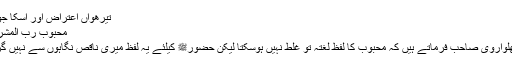
تیرھواں اعتراض اور اسکا جواب
مَحْبُوْبِ رَبِّ الْمَشْرِقَیْنِ
٭ پھلواروی صاحب فرماتے ہیں کہ محبوب کا لفظ لغتہً تو غلط نہیں ہوسکتا لیکن حضورﷺ کیلئے یہ لفظ میری ناقص نگاہوں سے نہیں گزرا۔